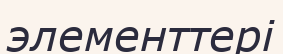
элементтері